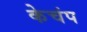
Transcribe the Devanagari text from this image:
केचंप